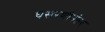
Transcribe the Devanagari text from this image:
घसरणीनंतर